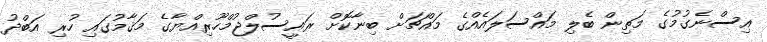
އިސްނެގުމުގެ މަތިން ބެލި މައްސަލައެއްގެ މައްޗަށް ބިނާކޮށް ރައީސުލްޖުމްހޫރިއްޔާގެ މަޤާމުގައި ހުރި އަބްދު